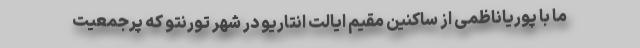
ما با پوریاناظمی از ساکنین مقیم ایالت انتاریو در شهر تورنتو که پرجمعیت